Annual statistical returns and brief notes on vaccination in Bengal - 1887-1898
Year: 1887
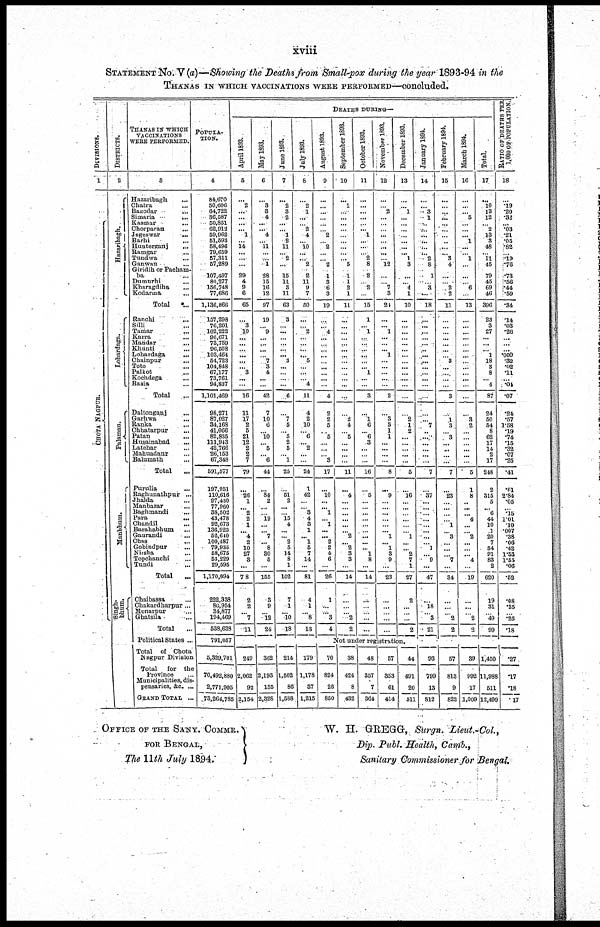
xviii
STATEMENT No. V (a)—Showing the Deaths from Small-pox during the year 1893-94 in the
THANAS IN WHICH VACCINATIONS WERE PERFORMED—concluded.
DIVISIONS.
1
CHOTA NAGPUR.
DISTRICTS.
2
Hazaribagh.
Lohardaga.
Palamau.
Manbhum.
Singh-
bhum.
THANAS IN WHI CH
VACCINATIONS
WERE PERFORMED.
3
Hazaribagh ...
Chatra ...
Bagodar ... ...
Simaria
...
...
Kasmar ...
Chorparan ...
Jageswar ...
Barhi ...
Hunterganj ...
Ramgar ...
Tundwa ...
Ganwan ...
Giridih or Pacham-
ba ...
Dumurhi ...
Kharagdiha ...
Kodarma
...
Total ...
Ranchi ...
Silli ...
Tamar ...
Karra ...
Mandar ...
Khunti ...
Lohardaga
...
Chainpur
...
Toto ...
Palkot ...
Kochdega ...
Basia ...
Total ...
Daltonganj
...
Garhwa
...
Ranka
...
Chhatarpur ...
Patan ...
Husainabad ...
Latehar ...
Mabuadanr ...
Balumath ...
Total ...
Purulia ...
Raghunathpur ...
Jhalda ...
Manbazar ...
Baghmandi ...
Para
...
Chandil
...
Barahabhum ...
Gaurandi ...
Chas ...
Gobindpur ...
Nirsha
...
Topchanchi ...
Tundi
...
Total
...
Chaibassa ...
Chakardharpur ...
Monarpur ...
Ghatsila ...
Total ...
Political States ...
Total of Chota
Nagpur Division
Total for the
Province ...
Municipalities, dis-
pensaries, &c. ...
GRAND TOTAL ...
POPULA-
TION.
4
84,670
50,606
64,722
36,587
50,851
62,912
59,962
51,593
58,496
79,659
57,311
57,289
107,497
80,277
156,748
77,686
1,136,866
157,298
76,201
102,222
96,671
73,759
96,508
103,464
54,723
104,848
67,177
73,761
94,837
1,101,469
98,271
87,027
34,168
41,066
82,835
111,943
42,766
26,153
67,348
591,577
197,951
110,616
97,430
77,960
38,502
43,478
92,673
136,923
52,640
100,487
79,935
58,675
53,229
29,595
1,170,094
222,338
80,954
34,877
194,469
538,633
791,057
5,329,701
70,492,880
2,771,905
73,264,785
DEATHS DURING—
April 1893.
5
...
2
...
...
...
... 1
...
14
... ...
...
29
4
9
6
65
...
3
10
...
...
...
...
...
... 3
...
...
16
11
17
2
5
21
12
2
2
7
79
...
26
1
...
2
2
1
...
4
2
10
27
3
...
78
2
2
...
7
11
May 1893.
6
...
3
3
4
...
...
4
...
11
...
...
1
28
15
16
12
97
19
...
9
...
...
...
...
7
3
4
...
...
42
7
10
6
...
10
...
5
...
6
44
...
84
2
...
...
19
... ...
7
...
8
30
5
...
155
3
9
...
12
24
June 1893.
7
...
2
3
2
...
... 1
2
11
...
2
...
15
11
3
11
63
3
...
...
...
...
...
... 3
....
...
...
...
6
...
7
5
...
5
2
5
...
1
25
...
51
2
...
...
15
4
...
... 2
5
14
8
1
102
7
1
...
10
18
July 1893.
8
...
2
1
...
...
2
4
... 10
... ...
2
2
11
9
7
50
...
...
2
...
...
...
...
5
...
...
...
4
11
4
2
10
... 6
... 2
...
...
24
1
42
...
...
3
4
3
1
... 1
5
7
14
...
81
4
1
...
8
13
August 1893.
9
...
... ...
...
...
...
2
...
2
...
...
2
1
3
6
3
19
...
...
4
...
...
...
...
...
...
...
...
...
4
2
2
5
...
5
...
...
...
3
17
...
10
...
... 1
... 1
...
... 2
2
4
6
...
26
1
...
... 3
4
September 1893.
10
...
1
...
...
...
...
...
...
...
...
... 5
1
1
2
1
11
...
...
...
...
...
...
...
...
...
...
...
...
...
...
2
4
...
5
...
...
...
...
11
...
4
...
...
...
...
...
... 2
...
2
3
3
...
14
...
...
...
2
2
October 1893.
11
...
...
...
...
...
... 1
...
...
...
2
8
2
...
2
...
15
1
... 1
...
...
...
...
...
...
1
...
...
3
...
1
6
... 6
3
...
...
...
16
...
5
...
...
...
...
...
...
...
...
... 1
8
...
14
...
...
...
...
...
November 1893.
12
...
...
2
...
...
...
...
...
...
...
...
12
...
... 7
3
21
...
... 1
...
...
... 1
...
...
...
...
...
2
...
3
3
1
1
...
...
...
...
8
...
9
...
...
...
...
...
... 1
... 1
3
9
...
23
...
...
... ...
...
December 1893.
13
...
... 1
...
...
...
...
...
...
... 1
3
...
... 4
1
10
...
...
...
...
...
...
...
...
...
...
...
...
...
...
2
1
2
...
...
...
...
...
5
...
16
...
...
...
...
...
...
1
...
...
2
7
1
27
2
...
...
...
2
January 1894.
14
...
... 3
1
...
...
...
...
...
...
2
8
1
...
3
...
18
...
...
...
...
... ...
...
...
...
...
...
...
...
...
... 7
...
...
...
...
...
...
7
...
37
...
...
...
...
...
...
...
... 1
9
...
47
...
18
...
3
21
February 1894.
15
...
...
...
...
...
...
... ...
...
... 3
4
...
... 2
2
11
...
...
...
...
...
...
...
3
...
...
...
...
3
...
1
3
...
3
...
...
...
...
7
...
23
...
...
...
...
1
...
3
...
...
...
7
...
34
...
...
...
2
2
March 1894.
16
...
...
...
5
...
...
... 1
...
...
1
...
...
... 6
...
13
...
...
...
...
...
...
...
...
...
...
...
...
...
...
3
2
...
...
...
...
...
...
5
1
8
...
...
...
4
...
...
2
...
...
...
4
...
19
...
...
...
2
2
Total.
17
...
10
13
12
... 2
13
3
48
...
11
45
79
45
69
46
396
23
3
27
...
...
... 1
18
3
8
...
4
87
24
60
54
8
62
17
14
2
17
248
2
315
5
...
6
44
10
1
20
7
34
91
83
2
620
19
31
...
49
99
RATIO OF DEATHS PER
1,000 OF POPULATION.
18
...
.19
.20
.32
... .03
.21
.05
.82
...
.19
.76
.73
.56
.44
.59
.34
.14
.03
.26
...
...
...
.009
.32
.02
.11
...
.01
.07
.24
.57
1.58
.19
.74
.15
.32
.07
.25
.41
.01
2.84
.05
...
.15
1.01
.10
.007
.38
.06
.42
1.55
1.55
.06
.52
.08
.35
...
.25
.18
Not under registration.
249
2,062
92
2,154
362
2,193
135
2,328
214
1,502
86
1,588
179
1,178
37
1,215
70
824
26
850
38
424
8
432
48
357
7
364
57
353
61
414
44
491
20
511
93
799
13
812
57
813
9
822
39
992
17
1,009
1,450
11,988
511
12,499
.27
.17
.18
.17
OFFICE OF THE SANY. COMMR.
FOR BENGAL,
The 11th July 18J94.
W. H. GREGG, Surgn. Lieut.-Col.,
Dip. Publ. Health, Camb.,
Sanitary Commissioner for Bengal.